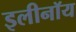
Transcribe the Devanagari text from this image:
इलीनॉय